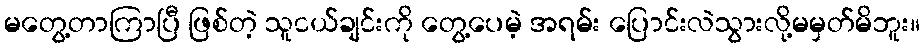
မတွေ့တာကြာပြီ ဖြစ်တဲ့ သူငယ်ချင်းကို တွေ့ပေမဲ့ အရမ်း ပြောင်းလဲသွားလို့မမှတ်မိဘူး။